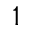
^ { 1 }